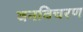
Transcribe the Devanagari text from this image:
वनविचरण